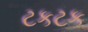
ટકટક